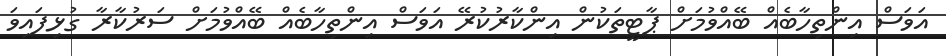
އަވަސް އިންތިހާބެއް ބޭއްވުމަށް ޕާޓީތަކުން އިންކާރުކުރޭ އަވަސް އިންތިހާބެއް ބޭއްވުމަށް ސަރުކާރާ ގުޅިފައިވަ